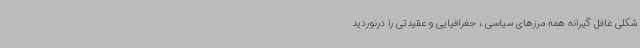
شکلی غافل گیرانه همه مرزهای سیاسی ، جغرافیایی و عقیدتی را درنوردید